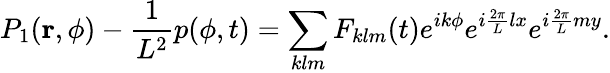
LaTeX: P_{1}(\mathbf{r},\phi)-\frac{1}{L^{2}}p(\phi,t)=\sum_{klm}F_{klm}(t)e^{ik\phi}e^{i\frac{2\pi}{L}lx}e^{i\frac{2\pi}{L}my}.